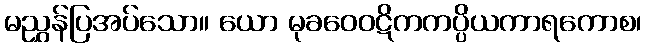
မညွှန်ပြအပ်သော။ ယော မုခဝေဝဋိကကပ္ပိယကာရကောစ၊